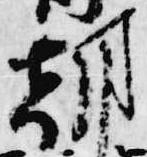
朝